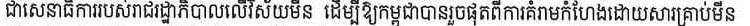
ជាសេនាធិការរបស់រាជរដ្ឋាភិបាលលើវិស័យមីន ដើម្បីឲ្យកម្ពុជាបានរួចផុតពីការគំរាមកំហែងដោយសារគ្រាប់មីន